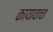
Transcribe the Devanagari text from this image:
कायावाचा